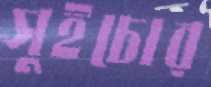
সুইচোর